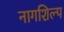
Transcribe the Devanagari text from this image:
नागशिल्प